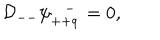
LaTeX: { \cal D } _ { -- } \psi _ { + + \dot { q } } ^ { - } = 0 ,